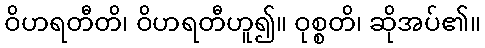
ဝိဟရတီတိ၊ ဝိဟရတီဟူ၍။ ဝုစ္စတိ၊ ဆိုအပ်၏။